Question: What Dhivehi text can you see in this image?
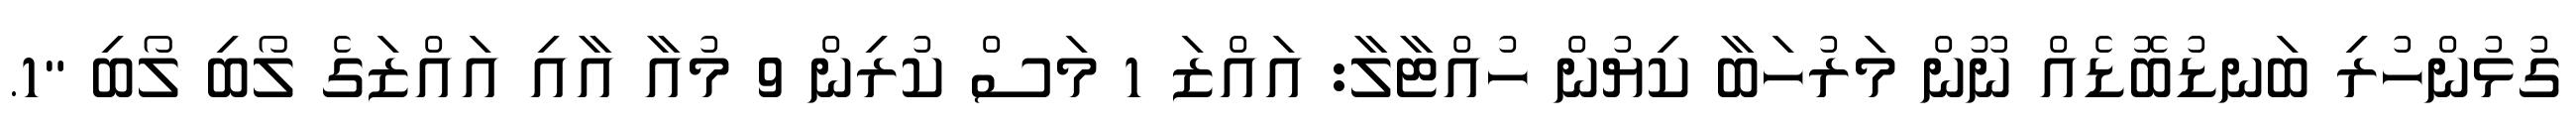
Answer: ގުޅުންހުރި ބަނޑުބޮޑެއް ނޫން މަރުހަބާ ކިޔުން ހުއްޓާލާ: އައްޒަ 1 މަސް ކުރިން 9 މުއާ އާއި އައްޒަގެ ލޯބި ލޯބި "1.